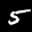
Label: 5